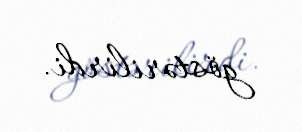
göstərilirdi.